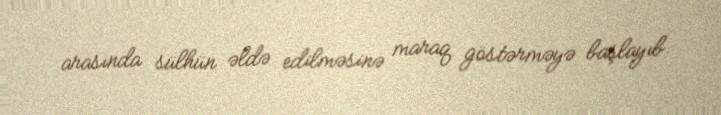
arasında sülhün əldə edilməsinə maraq göstərməyə başlayıb.